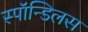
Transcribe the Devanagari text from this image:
स्पॉन्डिलस